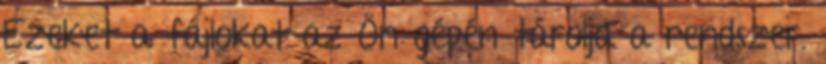
Ezeket a fájlokat az Ön gépén tárolja a rendszer.